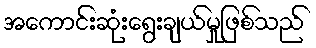
အကောင်းဆုံးရွေးချယ်မှုဖြစ်သည်